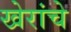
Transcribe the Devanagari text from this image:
खेरांचे